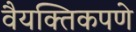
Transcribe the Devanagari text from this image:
वैयक्तिकपणे